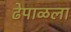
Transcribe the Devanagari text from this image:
ढेपाळला